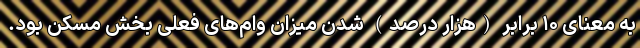
به معنای ۱۰ برابر (هزار درصد) شدن میزان وام‌های فعلی بخش مسکن بود.